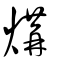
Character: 煹